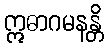
ဣဓာဂမနန္တိ